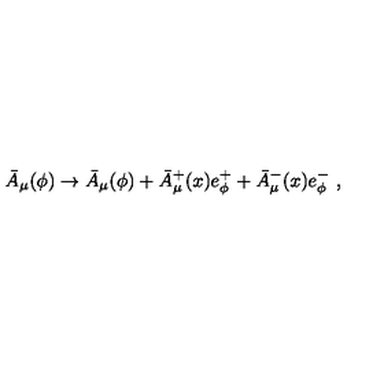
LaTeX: \bar { A } _ { \mu } ( \phi ) \rightarrow \bar { A } _ { \mu } ( \phi ) + \bar { A } _ { \mu } ^ { + } ( x ) e _ { \phi } ^ { + } + \bar { A } _ { \mu } ^ { - } ( x ) e _ { \phi } ^ { - } \ ,